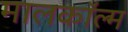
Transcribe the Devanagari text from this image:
मालकॉल्म